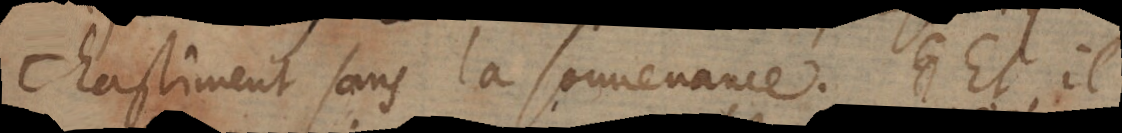
chastiment sans la souvenance. Et il